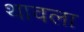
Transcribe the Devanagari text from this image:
थावला